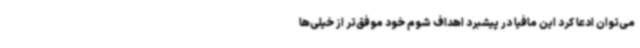
می‌توان ادعا کرد این مافیا در پیشبرد اهداف شوم خود موفق‌تر از خیلی‌ها